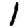
Digit: 1